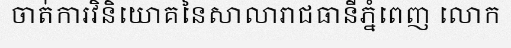
ចាត់ការវិនិយោគនៃសាលារាជធានីភ្នំពេញ លោក